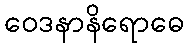
ဝေဒနာနိရောဓေ